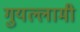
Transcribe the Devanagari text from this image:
गुयल्लामी